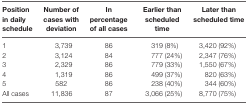
| Position in daily schedule | Number of cases with deviation | In percentage of all cases | Earlier than scheduled time | Later than scheduled time |
 | --- | --- | --- | --- | --- |
 | 1 | 3,739 | 86 | 319 (8%) | 3,420 (92%) |
 | 2 | 3,124 | 84 | 777 (24%) | 2,347 (76%) |
 | 3 | 2,329 | 86 | 779 (33%) | 1,550 (67%) |
 | 4 | 1,319 | 86 | 499 (37%) | 820 (63%) |
 | 5 | 582 | 86 | 238 (40%) | 344 (60%) |
 | All cases | 11,836 | 87 | 3,066 (25%) | 8,770 (75%) |